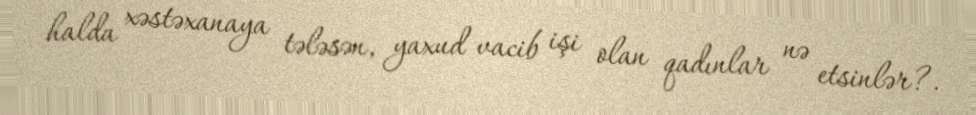
halda xəstəxanaya tələsən, yaxud vacib işi olan qadınlar nə etsinlər?.